Report on vaccination in Madras 1895-1903 - 1895-1903
Year: 1895
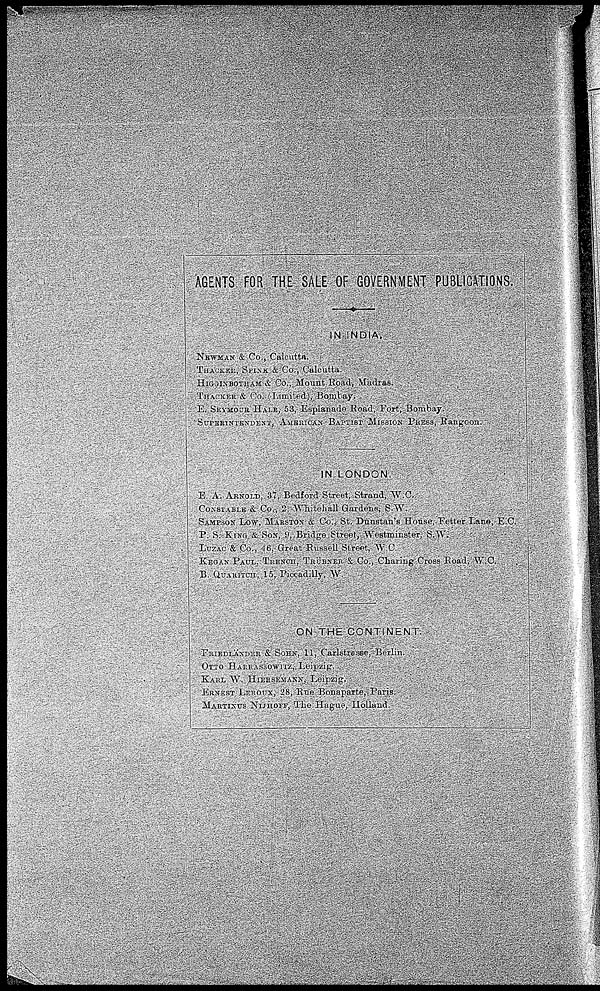
AGENTS FOR THE SALE OF GOVERNMENT PUBLICATIONS.
IN INDIA.
NEWMAN & Co., Calcutta.
THACKER, SPINK & Co., Calcutta.
HIGGINBOTHAM & Co., Mount Road, Madras.
THACKER & Co. (Limited), Bombay.
E. SEYMOUR HALR, 53, Esplanade Road, Fort, Bombay.
SUPERINTENDENT, AMERICAN BAPTIST MISSION PRESS, Rangoon.
IN LONDON.
E. A. ARNOLD, 37, Bedford Street, Strand, W.C.
CONSTABLE & Co., 2, Whitehall Gardens, S.W.
SAMPSON LOW, MARSTON & Co., St. Dunstan's House, Fetter Lane, E.C.
P. S. KING & SON, 9, Bridge Street, Westminster, S.W.
LUZAC & Co., 16, Great Russell Street, W.C.
KEGAN PAUL, TRENCH, TRÜBNER & Co., Charing Cross Road, W.C.
B. QUARITCH, 15, Piccadilly, W.
ON THE CONTINENT.
FRIEDLÄNDER & SOHN, 11, Carlstrasse, Berlin.
OTTO HARRASSOWITZ, Leipzig.
KARL W. HIERSEMANN, Leipzig.
ERNEST LEROUX, 28, Rue Bonaparte, Paris.
MARTINUS NIJHOFF, The Hague, Holland.